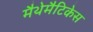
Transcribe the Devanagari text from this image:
मैथेमैटिकेस